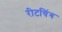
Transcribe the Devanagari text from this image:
रीटचिंग